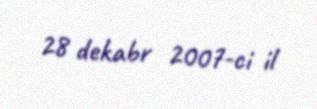
28 dekabr 2007-ci il